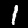
Label: 1